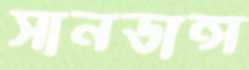
সানডান্স